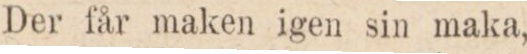
Der får maken igen sin maka,